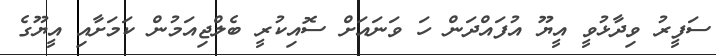
ސަފީރު ވިދާޅުވީ އީޔޫ އުފައްދަން ހަ ވަނައަށް ސޮއިކުރީ ބެލްޖިއަމުން ކަމަށާއި އީޔޫގެ